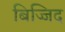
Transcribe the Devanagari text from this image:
बिज्जिद